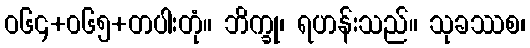
ဝ၆၄+၀၆၅+တပါးတုံ။ ဘိက္ခု၊ ရဟန်းသည်။ သုခဿစ၊